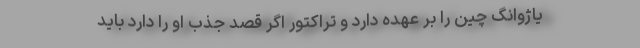
یاژوانگ چین را بر عهده دارد و تراکتور اگر قصد جذب او را دارد باید